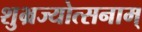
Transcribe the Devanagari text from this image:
शुभ्रज्योत्सनाम्